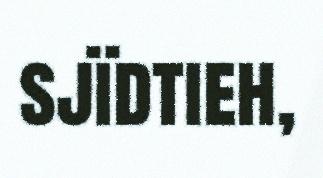
sjïdtieh,